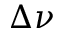
\Delta \nu